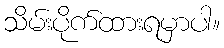
သိမ်းပိုက်ထားရမှာပါ။